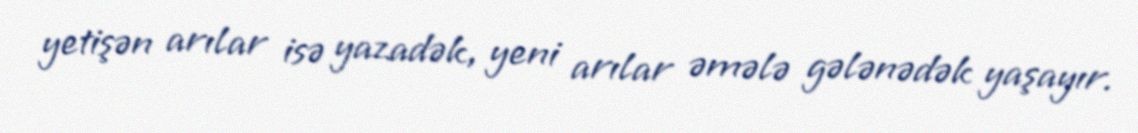
yetişən arılar isə yazadək, yeni arılar əmələ gələnədək yaşayır.